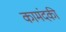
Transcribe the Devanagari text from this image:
कामंदकी